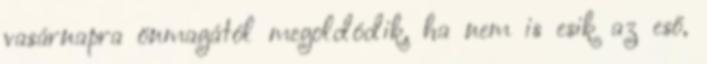
vasárnapra önmagától megoldódik, ha nem is esik az eső,